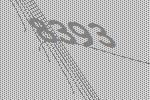
8393